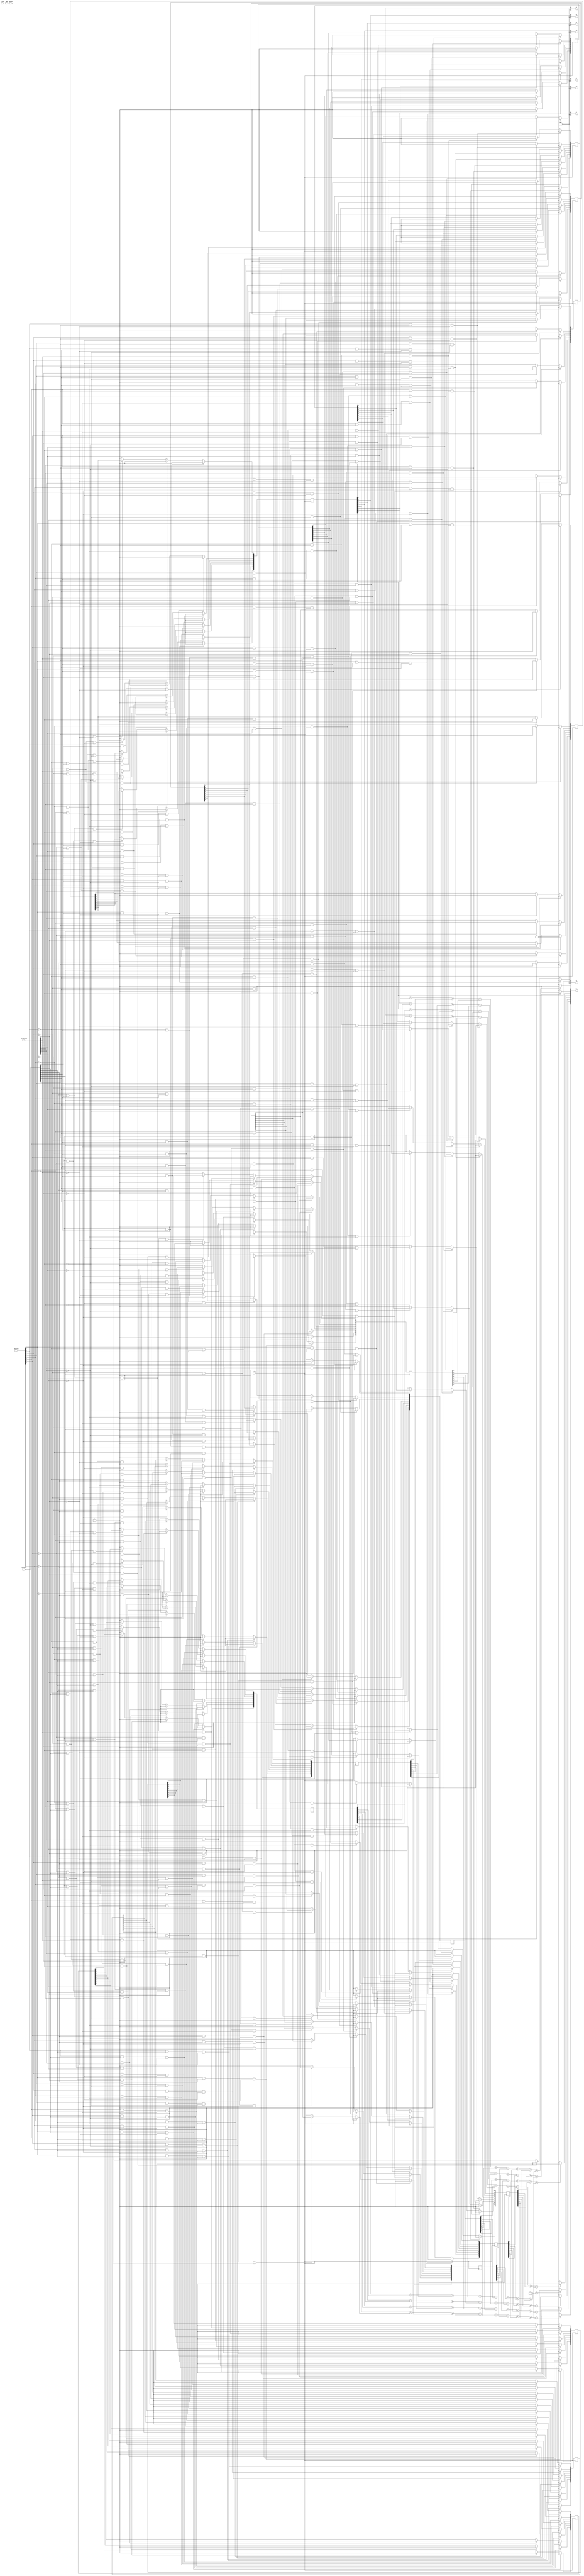
module crossbar_mac (
  `ifdef USE_POWER_PINS
    inout vdda1,	// User area 1 3.3V supply
    inout vdda2,	// User area 2 3.3V supply
    inout vssa1,	// User area 1 analog ground
    inout vssa2,	// User area 2 analog ground
    inout vccd1,	// User area 1 1.8V supply
    inout vccd2,	// User area 2 1.8v supply
    inout vssd1,	// User area 1 digital ground
    inout vssd2,	// User area 2 digital ground
  `endif
  
   // for simulation purposes
   input clk,

   input  [7:0] bitline,
   input  [7:0] wordline,
   input  [7:0] selectline,
   input  wenable,
   input  form,
   input  mac,
   output [7:0] out,
   output [3:0] o0,
   output [3:0] o1,
   output [3:0] o2,
   output [3:0] o3,
   output [3:0] o4,
   output [3:0] o5,
   output [3:0] o6,
   output [3:0] o7

);

  reg [7:0] internal [7:0];
  reg [7:0] out_mtx  [7:0];
  wire [4:0] out_sum [7:0][7:0];
  assign o0 = out_sum[0][0];
  assign o1 = out_sum[0][1];
  assign o2 = out_sum[0][2];
  assign o3 = out_sum[0][3];
  assign o4 = out_sum[0][4];
  assign o5 = out_sum[0][5];
  assign o6 = out_sum[0][6];
  assign o7 = out_sum[0][7];

  integer i,j;
  always @(posedge clk) begin
    for (i = 0; i < 8; i = i + 1) begin
      for (j = 0; j < 8; j = j + 1) begin
        // Set/form 
        if(bitline[j] == 1 && wordline[i] == 1 && selectline[j] == 0) begin
          internal[i][j] <= 1;
          out_mtx[i][j] <= 0;
        // Reset
        end else if(bitline[j] == 0 && wordline[i] == 1 && selectline[j] == 1) begin
          internal[i][j] <= 0;
          out_mtx[i][j] <= 0;
        // Read/MAC
        end else if(bitline[j] == 0 && wordline[i] == 1 && selectline[j] == 0) begin
          internal[i][j] <= internal[i][j];
          out_mtx[i][j] <= internal[i][j];
        
        // do nothing
        end else begin
          internal[i][j] <= internal[i][j];
          out_mtx[i][j] <= 0;
        end
      end
    end
  end


  genvar k, l;
  for (k = 0; k < 8; k = k + 1) begin
    assign out_sum[0][k] = {3'b000, out_mtx[0][k]};
  end
  for (k = 0; k < 8; k = k + 1) begin
    for (l = 1; l < 8; l = l + 1) begin
      assign out_sum[l][k] = out_sum[l - 1][k] + {3'b000, out_mtx[l][k]};
    end
  end
  
  genvar m;
  for (m = 0; m < 8; m = m + 1) begin
    assign out[m] = out_sum[7][m] < 4'b0100 ? 1'b0 : 1'b1;
  end
endmodule